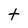
Character: t